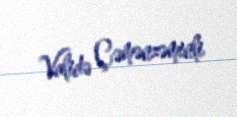
Validə Çəmənzəminli